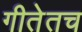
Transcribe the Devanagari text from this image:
गीतेतच